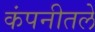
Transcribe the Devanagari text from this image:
कंपनीतले